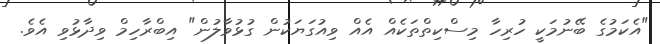
"އެކަމުގެ ބޭނުމަކީ ހުރިހާ މިސްކިތްތަކެއް އެއް ވިއުގަޔަކުން ގުޅުވާލުން" އިބްރާހިމް ވިދާޅުވި އެވެ.